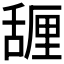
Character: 𰰇